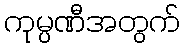
ကုမ္ပဏီအတွက်